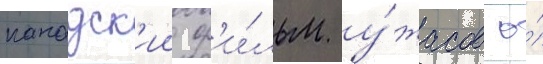
канадск'ии ф'и́льм у́жасов о́